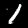
Digit: 1